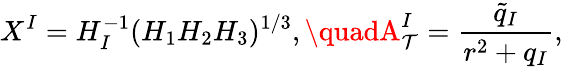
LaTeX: X^{I}=H_{I}^{-1}(H_{1}H_{2}H_{3})^{1/3},\quadA_{\mathcal{T}}^{I}=\frac{{\tilde{{q}}_{I}}}{{r^{2}+q_{I}}},